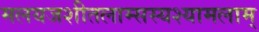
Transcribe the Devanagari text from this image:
मलयजशीतलाम्सस्यश्यामलाम्